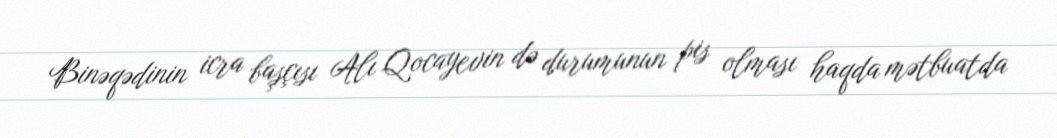
Binəqədinin icra başçısı Alı Qocayevin də durumunun pis olması haqda mətbuatda